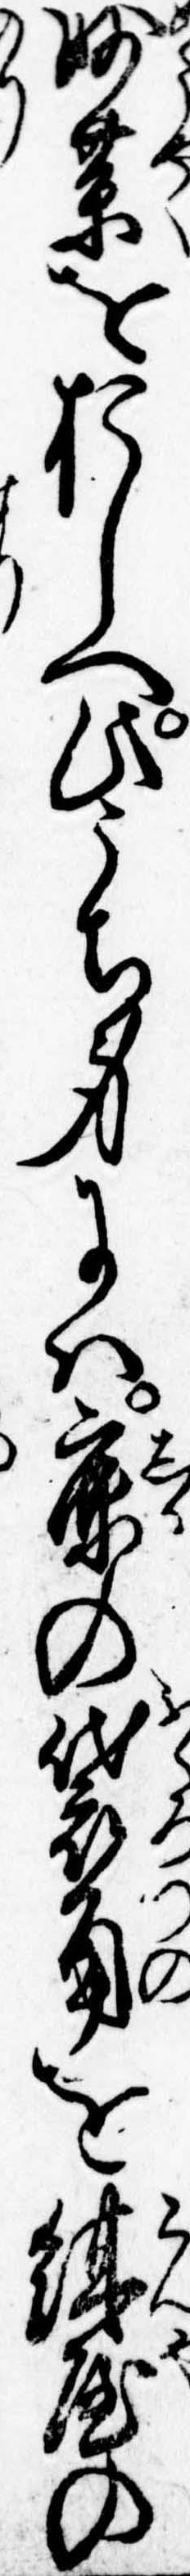
妙薬をおしへ此うち身には鹿の袋角を紺屋の